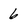
Character: 6